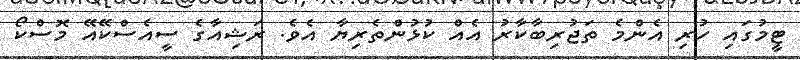
ޓީމުގައި ހުރި އެންމެ ތަޖުރިބާކާރު އެއް ކުޅުންތެރިޔާ އެވެ. ރަޝިއާގެ ސީއެސްކޭއޭ މޮސްކޯ